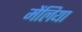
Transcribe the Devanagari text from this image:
मेंलिया